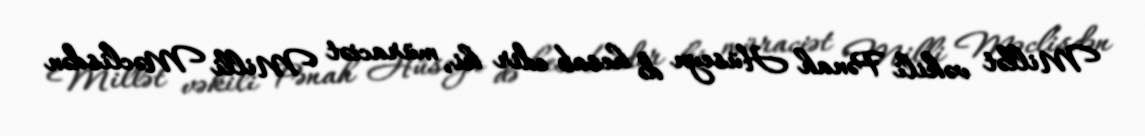
Millət vəkili Pənah Hüseyn də hesab edir ki, müraciət Milli Məclisdən